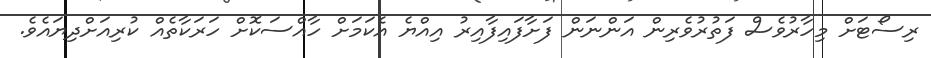
ރިސޯޓަށް މިހާރުވެސް ފަތުރުވެރިން އަންނަން ފަށާފައިފާއިރު އިއްޔެ އެކަމަށް ހާއްސަކޮށް ހަރަކާތެއް ކުރިއަށްދިޔައެވެ.